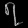
Digit: ၇